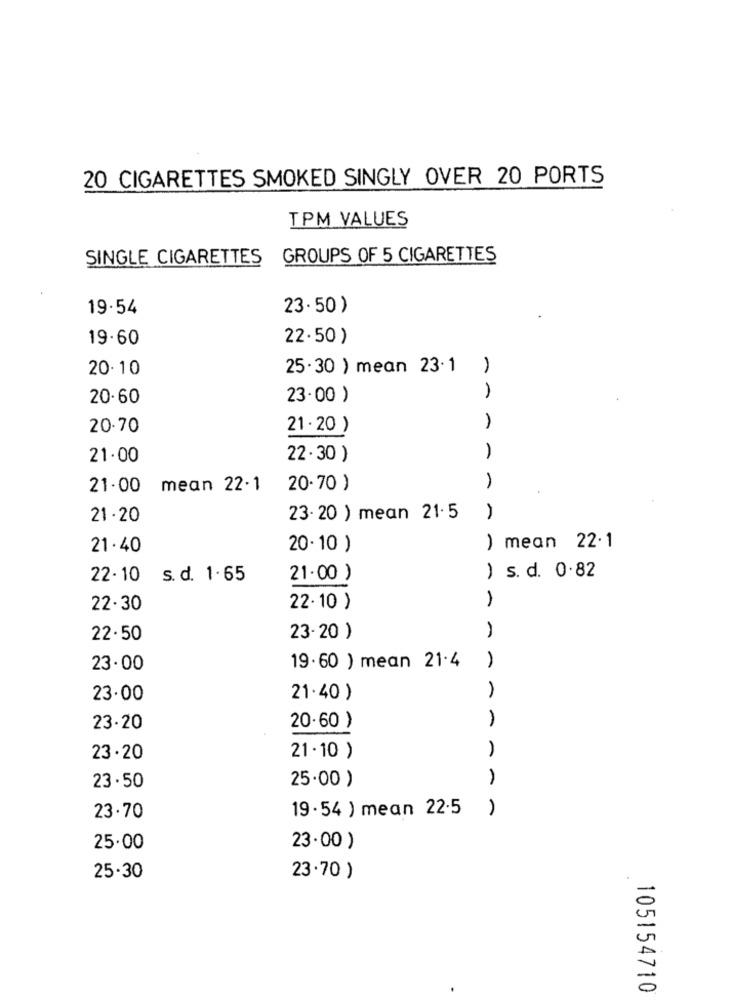
20 CIGARETTES SMOKED SINGLY OVER 20 PORTS
TPM VALUES
SINGLE CIGARETTES
GROUPS OF 5 CIGARETTES
19.54
23.50)
19.60
22.50)
20.10
25.30 ) mean 23.1
20.60
23.00 )
20.70
21.20 )
)
21.00
22.30 )
-
21.00 mean 22.1
20.70 )
21 . 20
23- 20 ) mean 21. 5
21.40
20.10 )
) mean 22.1
22-10 s. d. 1.65
21.00 )
) s. d. 0.82
22.30
22.10 )
22.50
23-20 )
23.00
19 . 60 ) mean 21.4
23.00
21.40 )
23.20
20.60 )
23.20
21. 10 )
25.00 )
23.50
19 . 54 ) mean 22.5
23.70
25.00
23.00 )
25.30
23.70 )
105154710